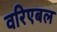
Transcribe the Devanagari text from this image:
वरिएबल